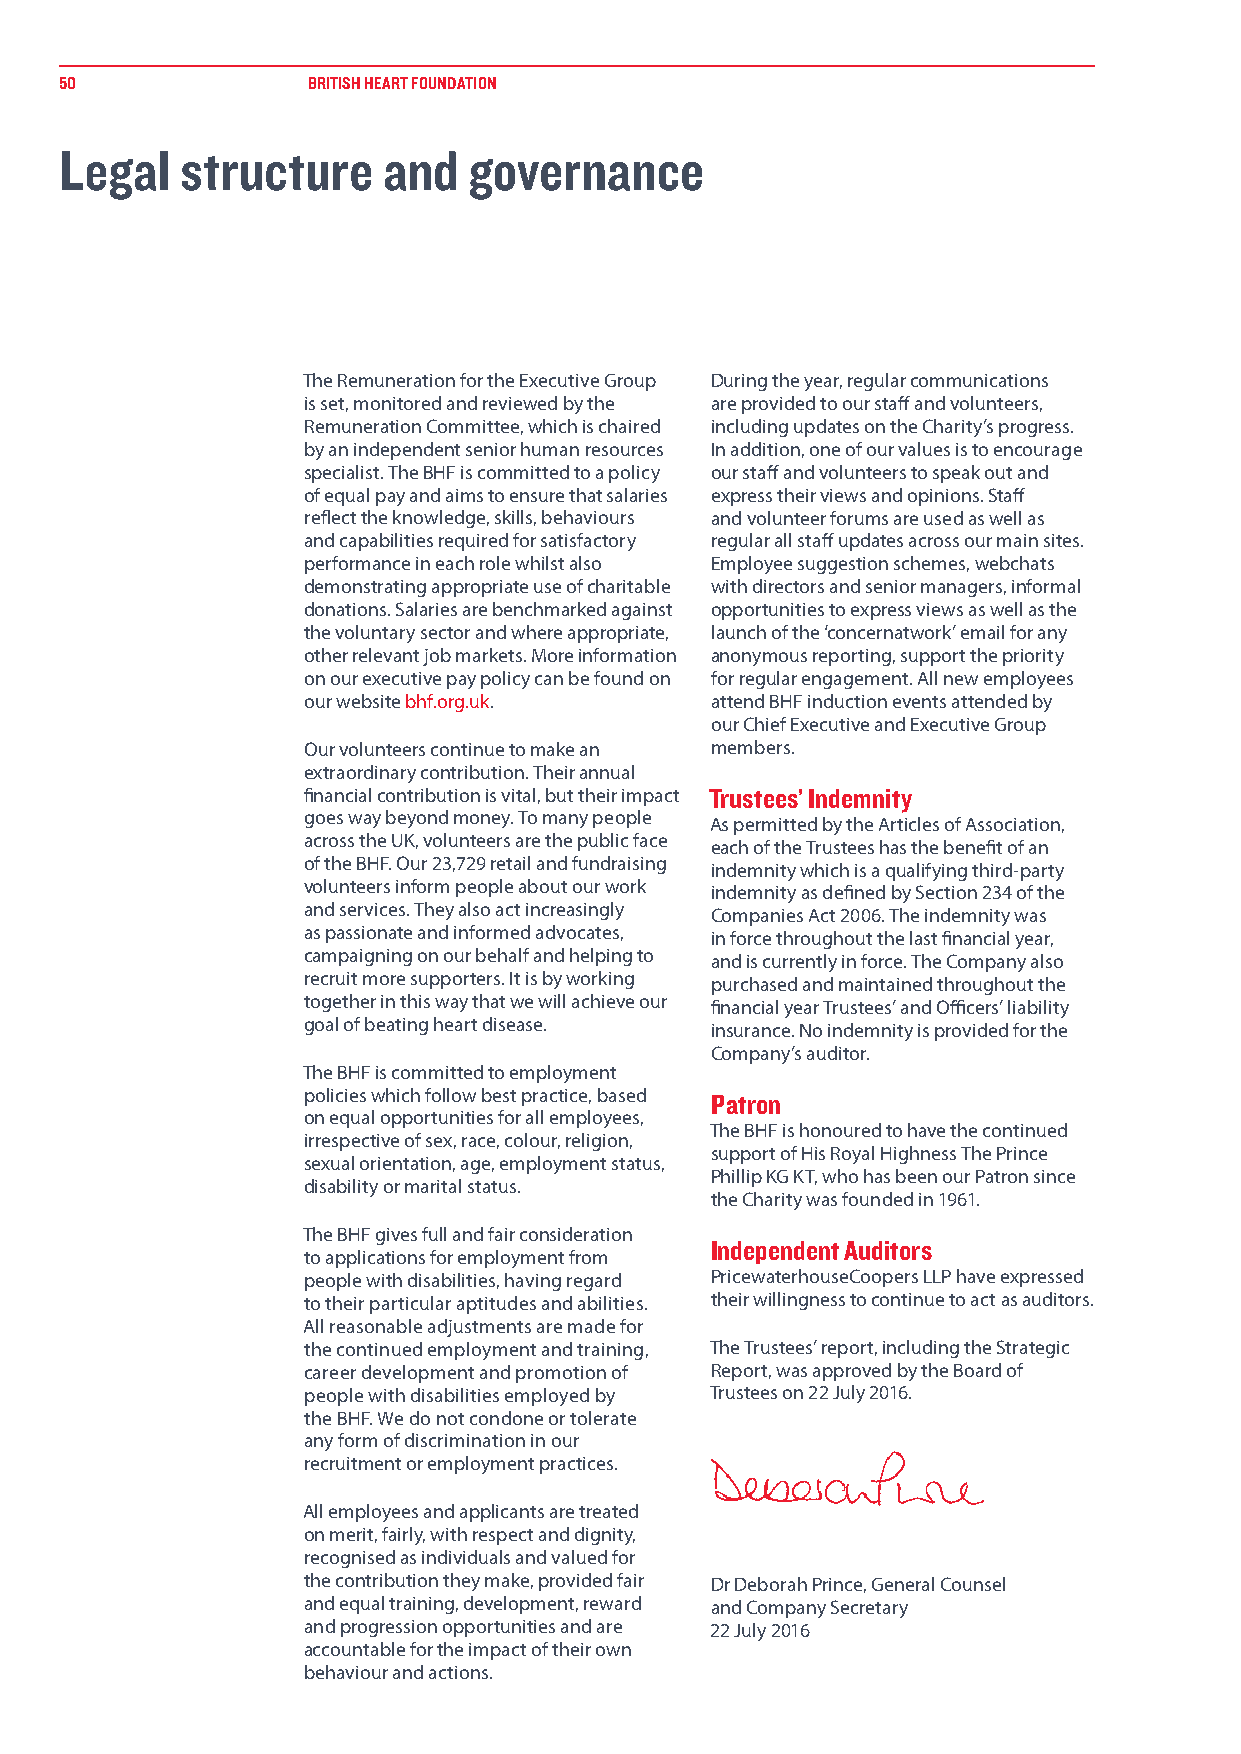
50              BRITISH HEART FOUNDATION
 Legal   structure    and   governance
 The Remuneration for the Executive Group During the year, regular communications
 is set, monitored and reviewed by the are provided to our staff and volunteers,
 Remuneration Committee, which is chaired including updates on the Charity’s progress.
 by an independent senior human resources In addition, one of our values is to encourage
 specialist. The BHF is committed to a policy our staff and volunteers to speak out and
 of equal pay and aims to ensure that salaries express their views and opinions. Staff
 reflect the knowledge, skills, behaviours and volunteer forums are used as well as
 and capabilities required for satisfactory regular all staff updates across our main sites.
 performance in each role whilst also Employee suggestion schemes, webchats
 demonstrating appropriate use of charitable with directors and senior managers, informal
 donations. Salaries are benchmarked against opportunities to express views as well as the
 the voluntary sector and where appropriate, launch of the ‘concernatwork’ email for any
 other relevant job markets. More information anonymous reporting, support the priority
 on our executive pay policy can be found on for regular engagement. All new employees
 our website bhf.org.uk.    attend BHF induction events attended by
 our Chief Executive and Executive Group
 Our volunteers continue to make an members.
 extraordinary contribution. Their annual
 financial contribution is vital, but their impact Trustees’ Indemnity
 goes way beyond money. To many people As permitted by the Articles of Association,
 across the UK, volunteers are the public face each of the Trustees has the benefit of an
 of the BHF. Our 23,729 retail and fundraising indemnity which is a qualifying third-party
 volunteers inform people about our work indemnity as defined by Section 234 of the
 and services. They also act increasingly Companies Act 2006. The indemnity was
 as passionate and informed advocates, in force throughout the last financial year,
 campaigning on our behalf and helping to and is currently in force. The Company also
 recruit more supporters. It is by working purchased and maintained throughout the
 together in this way that we will achieve our financial year Trustees’ and Officers’ liability
 goal of beating heart disease. insurance. No indemnity is provided for the
 Company’s auditor.
 The BHF is committed to employment
 policies which follow best practice, based Patron
 on equal opportunities for all employees,
 The BHF is honoured to have the continued
 irrespective of sex, race, colour, religion,
 support of His Royal Highness The Prince
 sexual orientation, age, employment status,
 Phillip KG KT, who has been our Patron since
 disability or marital status.
 the Charity was founded in 1961.
 The BHF gives full and fair consideration
 Independent Auditors
 to applications for employment from
 people with disabilities, having regard PricewaterhouseCoopers LLP have expressed
 to their particular aptitudes and abilities. their willingness to continue to act as auditors.
 All reasonable adjustments are made for
 the continued employment and training, The Trustees’ report, including the Strategic
 career development and promotion of Report, was approved by the Board of
 people with disabilities employed by Trustees on 22 July 2016.
 the BHF. We do not condone or tolerate
 any form of discrimination in our
 recruitment or employment practices.
 All employees and applicants are treated
 on merit, fairly, with respect and dignity,
 recognised as individuals and valued for
 the contribution they make, provided fair Dr Deborah Prince, General Counsel
 and equal training, development, reward and Company Secretary
 and progression opportunities and are 22 July 2016
 accountable for the impact of their own
 behaviour and actions.